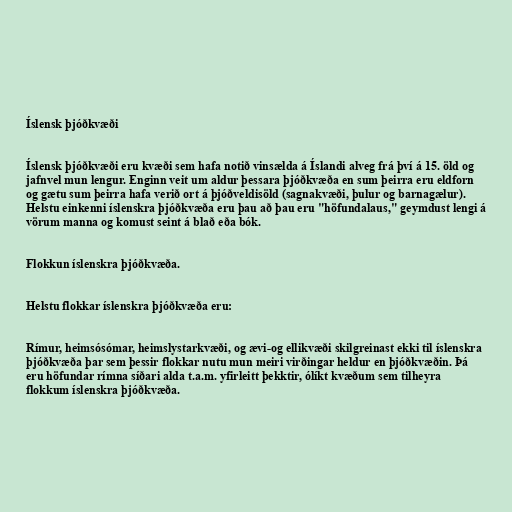
Íslensk þjóðkvæði

Íslensk þjóðkvæði eru kvæði sem hafa notið vinsælda á Íslandi alveg frá því á 15. öld og
jafnvel mun lengur. Enginn veit um aldur þessara þjóðkvæða en sum þeirra eru eldforn
og gætu sum þeirra hafa verið ort á þjóðveldisöld (sagnakvæði, þulur og barnagælur).
Helstu einkenni íslenskra þjóðkvæða eru þau að þau eru "höfundalaus," geymdust lengi á
vörum manna og komust seint á blað eða bók.

Flokkun íslenskra þjóðkvæða.

Helstu flokkar íslenskra þjóðkvæða eru:

Rímur, heimsósómar, heimslystarkvæði, og ævi-og ellikvæði skilgreinast ekki til íslenskra
þjóðkvæða þar sem þessir flokkar nutu mun meiri virðingar heldur en þjóðkvæðin. Þá
eru höfundar rímna síðari alda t.a.m. yfirleitt þekktir, ólíkt kvæðum sem tilheyra
flokkum íslenskra þjóðkvæða.